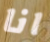
انا